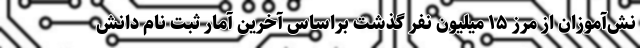
نش‌آموزان از مرز ۱۵ میلیون نفر گذشت براساس آخرین آمار ثبت نام دانش